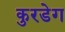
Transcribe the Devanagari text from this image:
कुरडेग